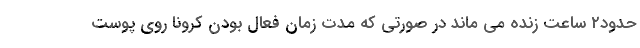
حدود۲ ساعت زنده می ماند در صورتی که مدت زمان فعال بودن کرونا روی پوست